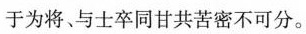
于为将、与士卒同甘共苦密不可分。